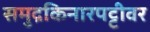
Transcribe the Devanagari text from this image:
समुद्रकिनारपट्टीवर